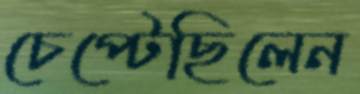
চেপ্‌টেছিলেন